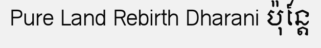
Pure Land Rebirth Dharani ប៉ុន្តែ